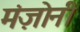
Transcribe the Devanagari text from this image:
मंज़ोनी